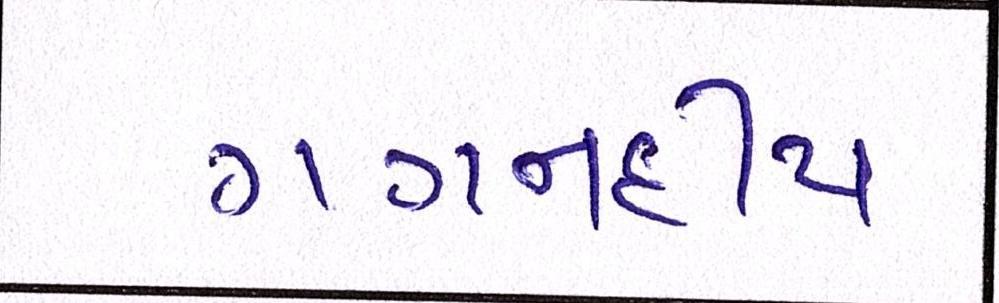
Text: ગગનદીપ